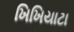
ખિખિયાટા